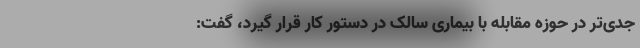
جدی‌تر در حوزه مقابله با بیماری سالک در دستور کار قرار گیرد، گفت: